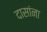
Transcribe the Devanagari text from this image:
दासांना